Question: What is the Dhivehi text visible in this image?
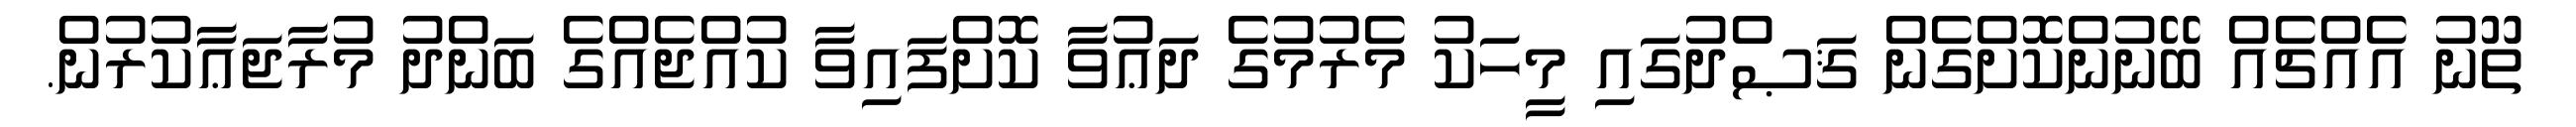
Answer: ތޫނު އެއްޗެއް ބޭނުންކޮށްގެން ޤަޞްދުގައި މީހަކު މެރުމުގެ ދަޢުވާ ކޮށްފައިވާ ކުއްޖެއްގެ ބަންދު މުރާޖަޢާކުރުން.